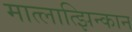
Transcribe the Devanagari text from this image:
मात्लात्झिन्कान